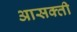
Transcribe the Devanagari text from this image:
आसक्‍ती